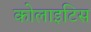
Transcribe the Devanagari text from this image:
कोलाइटिस